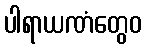
ပါရာယဏံတွေဝ